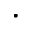
\cdot